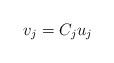
LaTeX: \begin{align*}v_j=C_j u_j\end{align*}